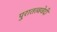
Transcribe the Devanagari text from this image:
पुरातत्ववेदी